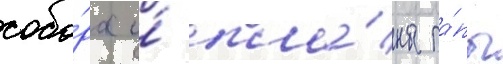
собо́ра и́ пла́ны па́пы